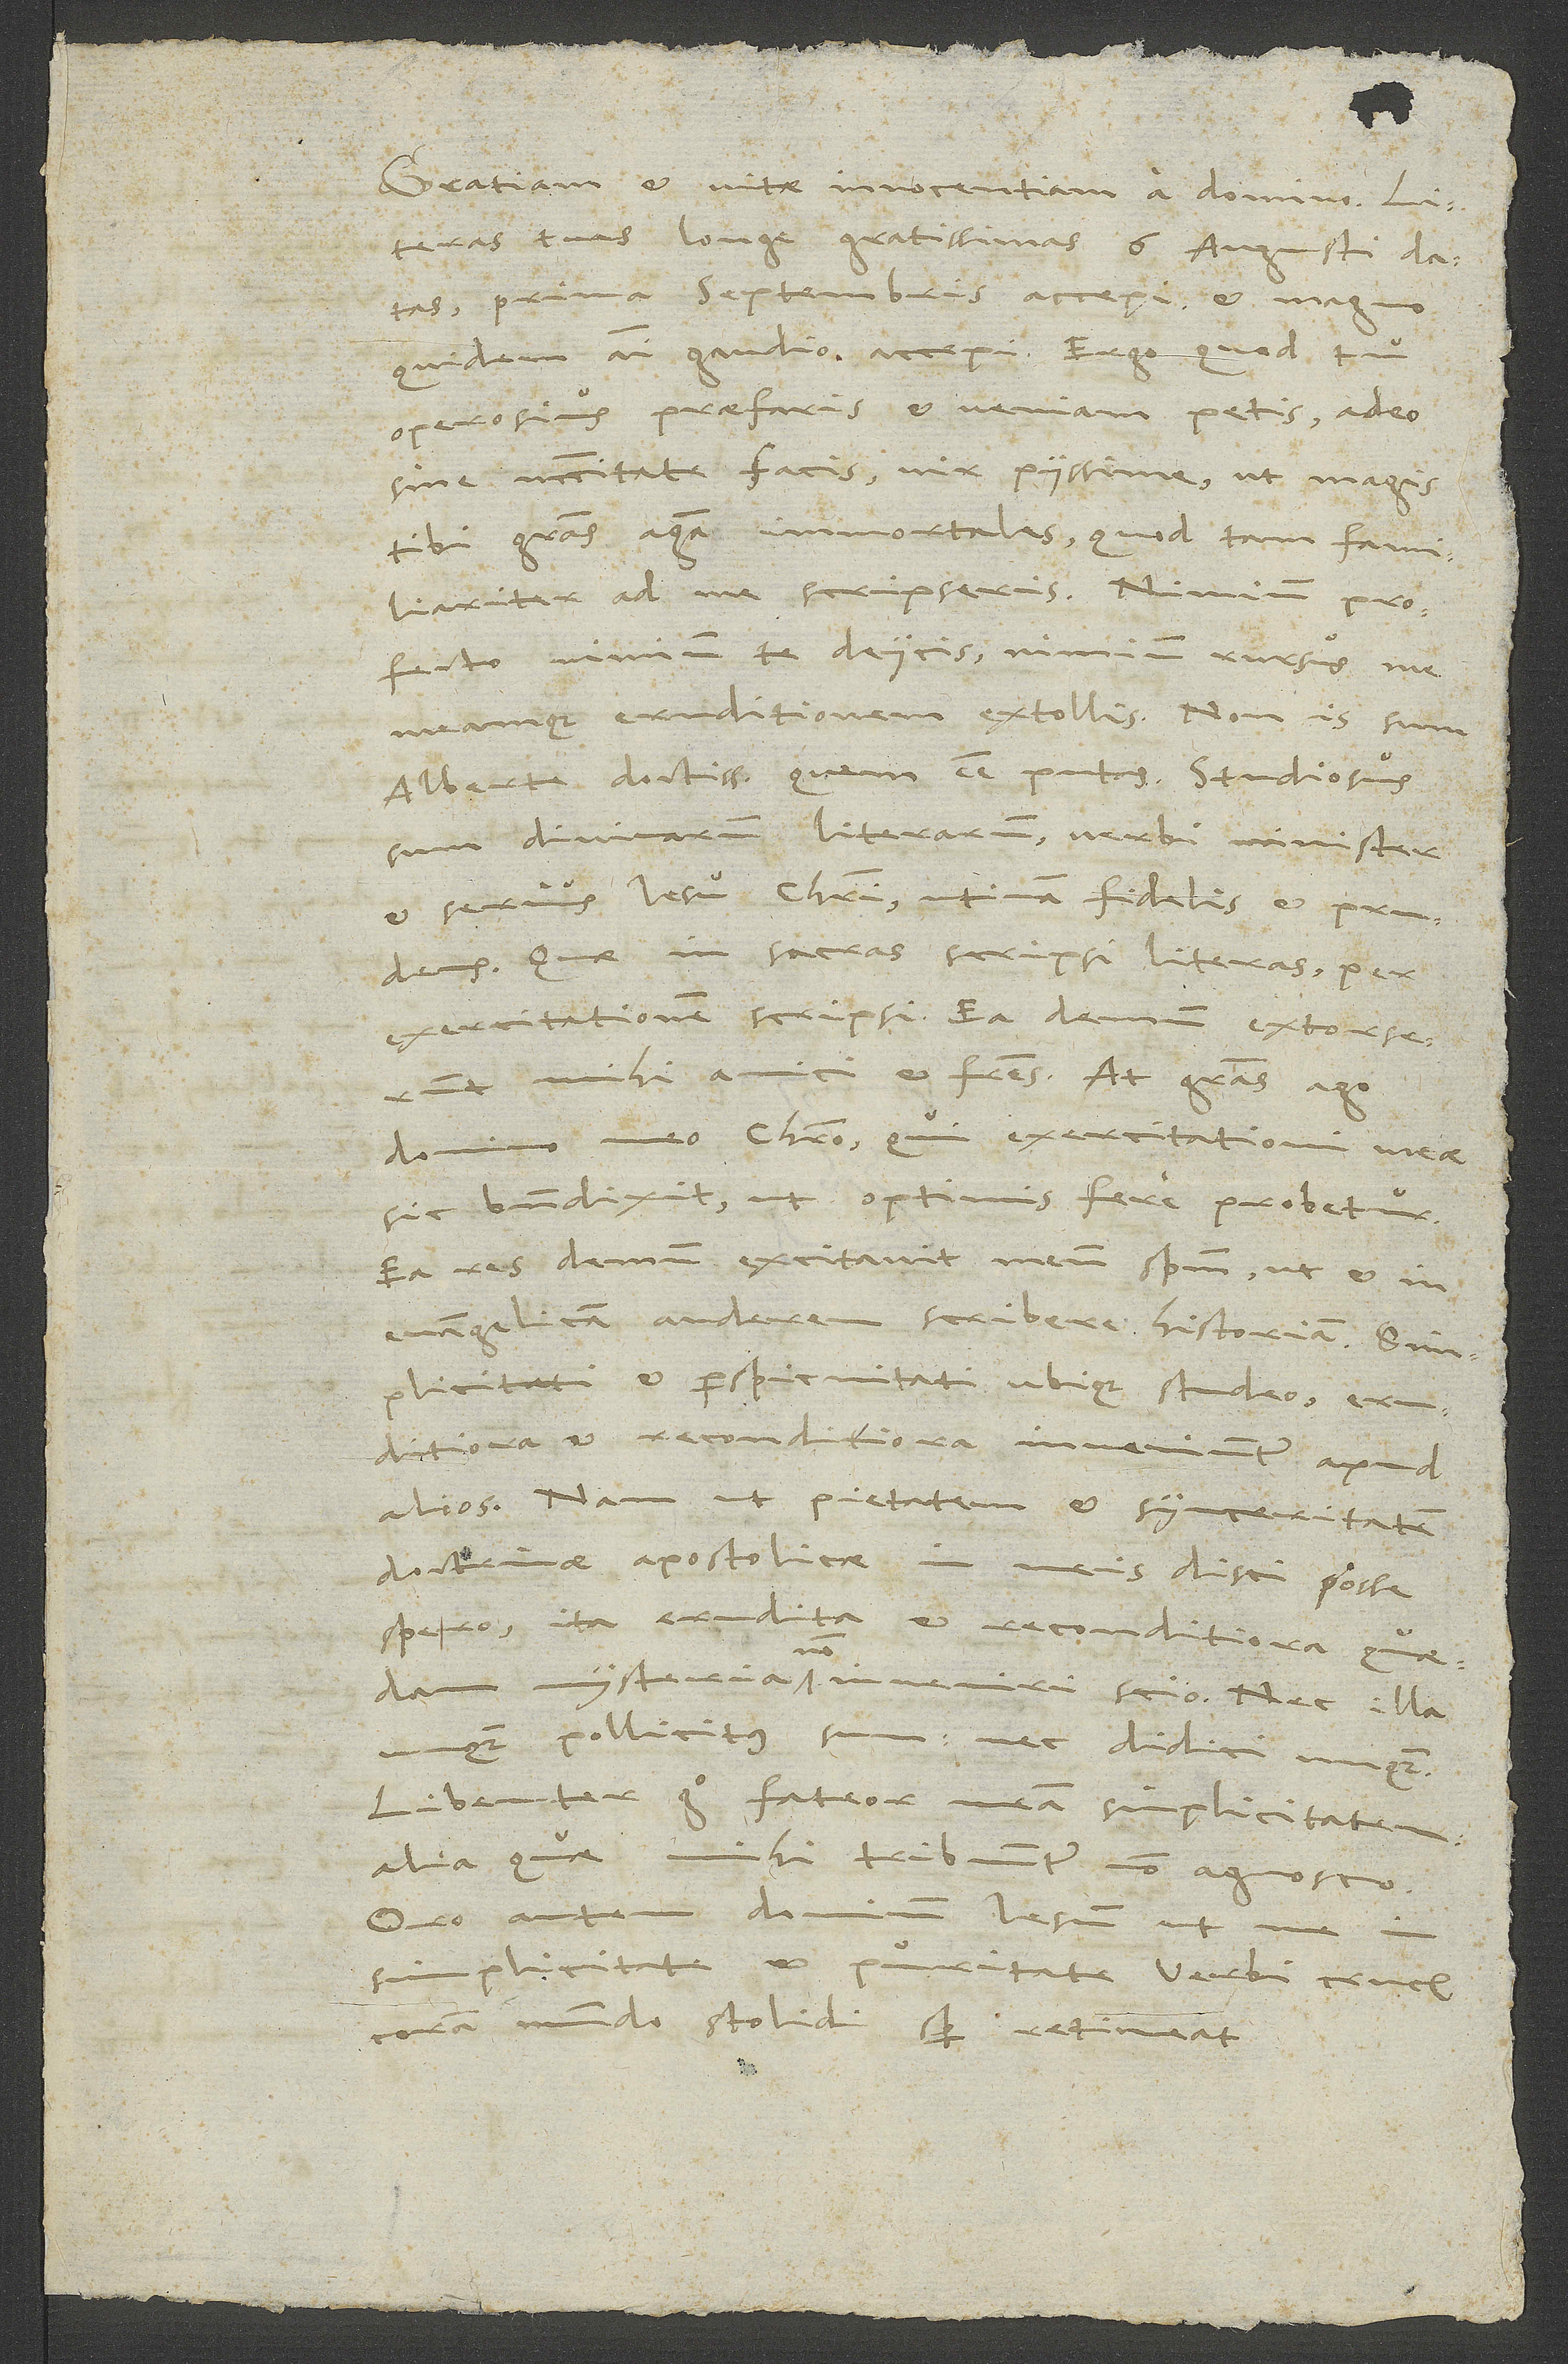
.
Gratiam et vitae innocentiam a domino.
Literas tuas longe gratissimas 6. augusti datas
prima septembris accepi et magno
quidem animo gaudio accepi. Ergo quod tu
operosius praefaris et veniam petis, adeo
sine necessitate facis, vir piissime, ut magis
tibi gratias agam immortales, quod tam familiariter
ad me scripseris. Nimium, profecto
nimium te deiicis, nimium rursus me
meamque eruditionem extollis. Non is sum,
Alberte doctissime, quem esse putas. Studiosus
sum divinarum literarum, verbi minister
et servus Iesu Christi, utinam fidelis et prudens.
Quae in sacras scripsi literas, per
exercitationem scripsi. Ea demum extorserunt
mihi amici et fratres. At gratias ago
domino meo Christo, qui exercitationi meae
sic benedixit, ut optimis fere probetur.
Ea res demum excitavit meum spiritum, ut et in
evangelicam auderem scribere historiam.
Simplicitati et perspicuitati ubique studeo, eruditiora
et reconditiora inveniuntur apud
Nam ut pietatem et synceritatem
doctrinae apostolicae in meis disci posse
spero, ita erudita et reconditiora quaedam
mysteria non inveniri scio. Nec illa
unquam pollicitus sum nec didici unquam.
Libenter ergo fateor nostram simplicitatem.
Alia, quae mihi tribuuntur, non agnosco.
Oro autem dominum Iesum, ut me in
simplicitate et puritate verbi crucis
coram mundo stolidi semper retineat.